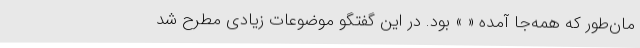
مان‌طور که همه‌جا آمده « » بود. در این گفتگو موضوعات زیادی مطرح شد